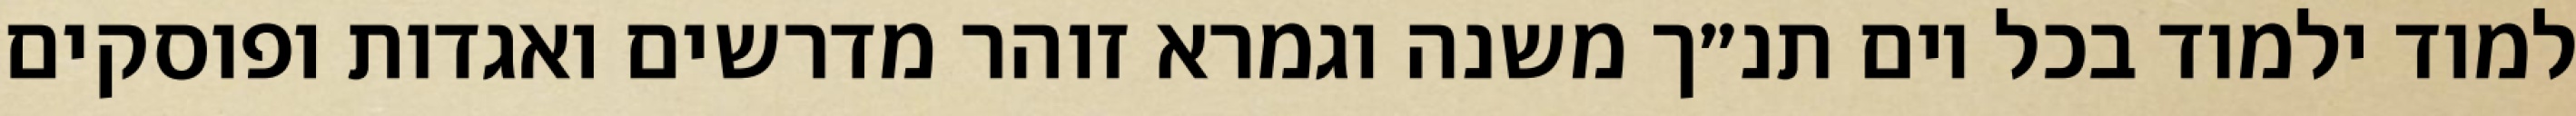
למוד ילמוד בכל יום תנ״ך משנה וגמרא זוהר מדרשים ואגדות ופוסקים